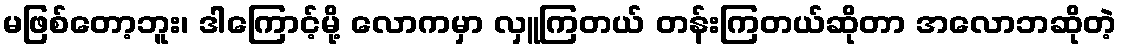
မဖြစ်တော့ဘူး၊ ဒါကြောင့်မို့ လောကမှာ လှူကြတယ် တန်းကြတယ်ဆိုတာ အလောဘဆိုတဲ့